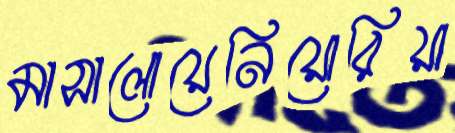
মাসালোয়েনিয়োরিয়া